Statistics compiled by the Government of India from the reports of provincial Civil Veterinary Departments
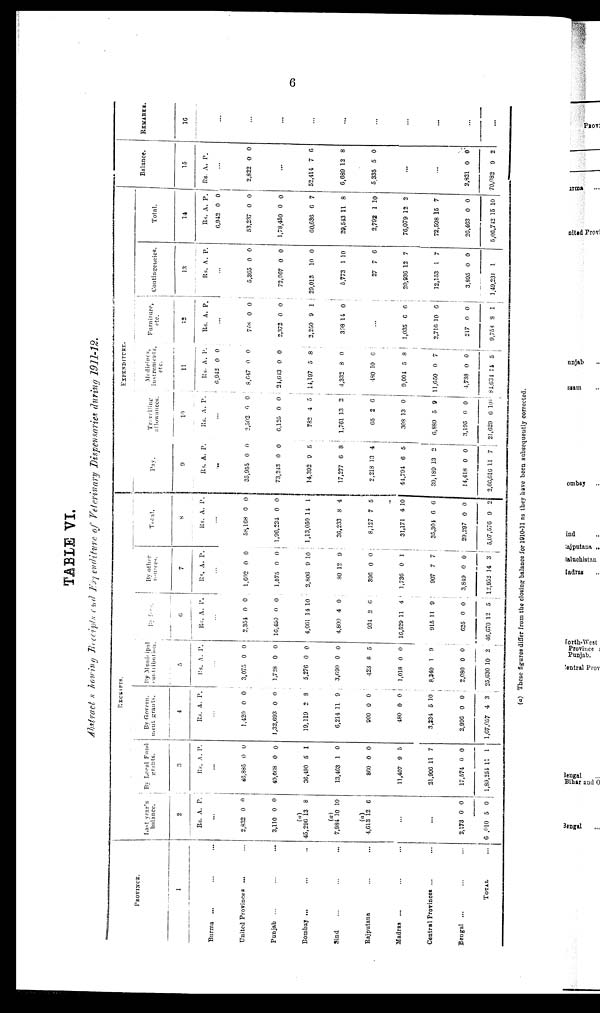
6
TABLE VI.
Abstract showing Receipts and Expenditure of Veterinary Dispensaries during 1911-12.
PROVINCE.
1
Burma ... ... ...
United Provinces ... ... ...
Punjab ... ... ... ...
Bombay ... ... ...
Sind ... ... ...
Rajputana ... ... ...
Madras ... ... ...
Central Provinces ... ...
Bengal ... ... ...
TOTAL ...
RECEIPTS.
Last year's
balance.
2
Rs.
...
2,832
3,110
45,296
7,984
4,613
...
...
2,173
6 ,010
A.
0
0
(a)
13
(a)
10
(a)
12
0
5
P.
0
0
8
10
6
0
0
By Local Fund
grants.
3
Rs.
...
46,885
40,668
36,490
13,463
860
11,407
21,906
17,574
1,89,254
A.
0
0
5
1
0
9
11
0
11
P.
0
0
1
0
0
5
7
0
1
By Govern¬
ment grants.
4
Rs.
...
1,420
1,32,693
19,119
6,214
900
480
3,234
2,996
1,67,057
A.
0
0
2
11
0
0
5
0
4
P.
0
0
8
9
0
0
10
0
3
By Municipal
contribution.
5
Rs.
...
3,075
1,728
5,276
3,690
423
1,018
8,340
2,080
25,630
A.
0
0
0
0
8
0
1
0
10
P.
0
0
0
0
5
0
9
0
2
By fees.
6
Rs.
...
2,354
16,450
4,061
4,800
934
16,529
915
625
46,670
A.
0
0
14
4
2
11
11
0
12
P.
0
0
10
0
6
4
9
0
5
By other
sources.
7
Rs.
...
1,602
1,575
2,806
80
396
1,736
907
3,849
12,952
A.
0
0
9
12
0
0
7
0
14
P.
0
0
10
9
0
1
7
0
3
Total.
8
Rs.
...
58,168
1,96,224
1,13,050
36,233
8,127
31,171
35,304
29,297
5,07,576
A.
0
0
14
8
7
4
6
0
9
P.
0
0
1
4
5
10
6
0
2
EXPENDITURE.
Pay.
9
Rs.
...
35,955
73,243
14,392
17,277
2,218
44,794
39,189
14,418
2,66,616
A.
0
0
9
6
13
6
13
0
11
P.
0
0
5
8
4
5
2
0
7
Travelling
allowances.
10
Rs.
...
2,502
6,125
782
1,761
65
308
6,889
3,195
21,629
A.
6
0
4
13
2
13
5
0
6
P.
0
0
5
2
6
0
9
0
10
Medicines,
instruments,
etc.
11
Rs.
6,942
8,647
24,643
14,197
4,332
480
9,004
11,650
4,738
81,634
A.
0
0
0
5
8
10
5
0
0
14
P.
0
0
0
8
0
6
8
7
0
5
Furniture,
etc.
12
Rs.
...
768
2,372
2,250
398
...
1,035
2,716
217
9,758
A.
0
0
9
14
6
10
0
8
P.
0
0
1
0
6
6
0
1
Contingencies.
13
Rs.
...
5,365
72,067
29,013
5,773
27
20,936
12,153
3,895
1,49,231
A.
0
0
10
1
7
12
1
0
1
P.
0
0
0
10
6
7
7
0
Total.
14
Rs.
6,942
53,237
1,78,450
60,636
29,543
2,792
76,079
72,598
26,463
5,06,742
A.
0
0
0
6
11
1
12
15
0
15
P.
0
0
0
7
8
10
2
7
0
10
Balance.
15
Rs.
...
2,822
...
52,414
6,689
5,335
...
...
2,821
70,082
A.
0
7
12
5
0
9
P.
0
6
8
0
0
2
REMARKS.
16
...
...
...
...
...
...
...
...
...
...
(a) These figures differ from the closing balance for 1910-11 as they have been subsequently corrected.